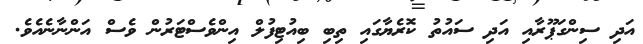
އަދި ސިންގަޕޫރާއި އަދި ސަައުތު ކޮރެޔާގައި ތިބި ބިއުޓިފުލް އިންވެސްޓަރުން ވެސް އަންނާނެއެވެ.